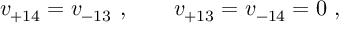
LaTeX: v _ { + 1 4 } = v _ { - 1 3 } \ , \qquad v _ { + 1 3 } = v _ { - 1 4 } = 0 \ ,